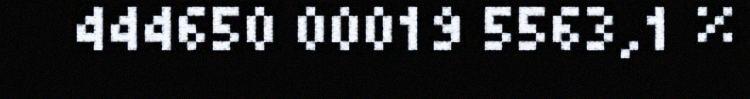
444650 00019 5563,1 %